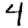
Digit: 4